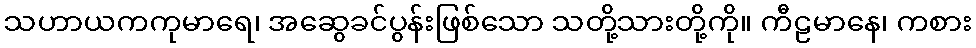
သဟာယကကုမာရေ၊ အဆွေခင်ပွန်းဖြစ်သော သတို့သားတို့ကို။ ကီဠမာနေ၊ ကစား